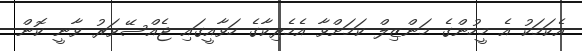
އެކަމަކު އެ މީހުންގެ މަންޒިލް ކަމަށްވާ އެމެރިކާގެ ހަވާއީގައި ޖެއްސޭވަރު ވާނީ ކޮން